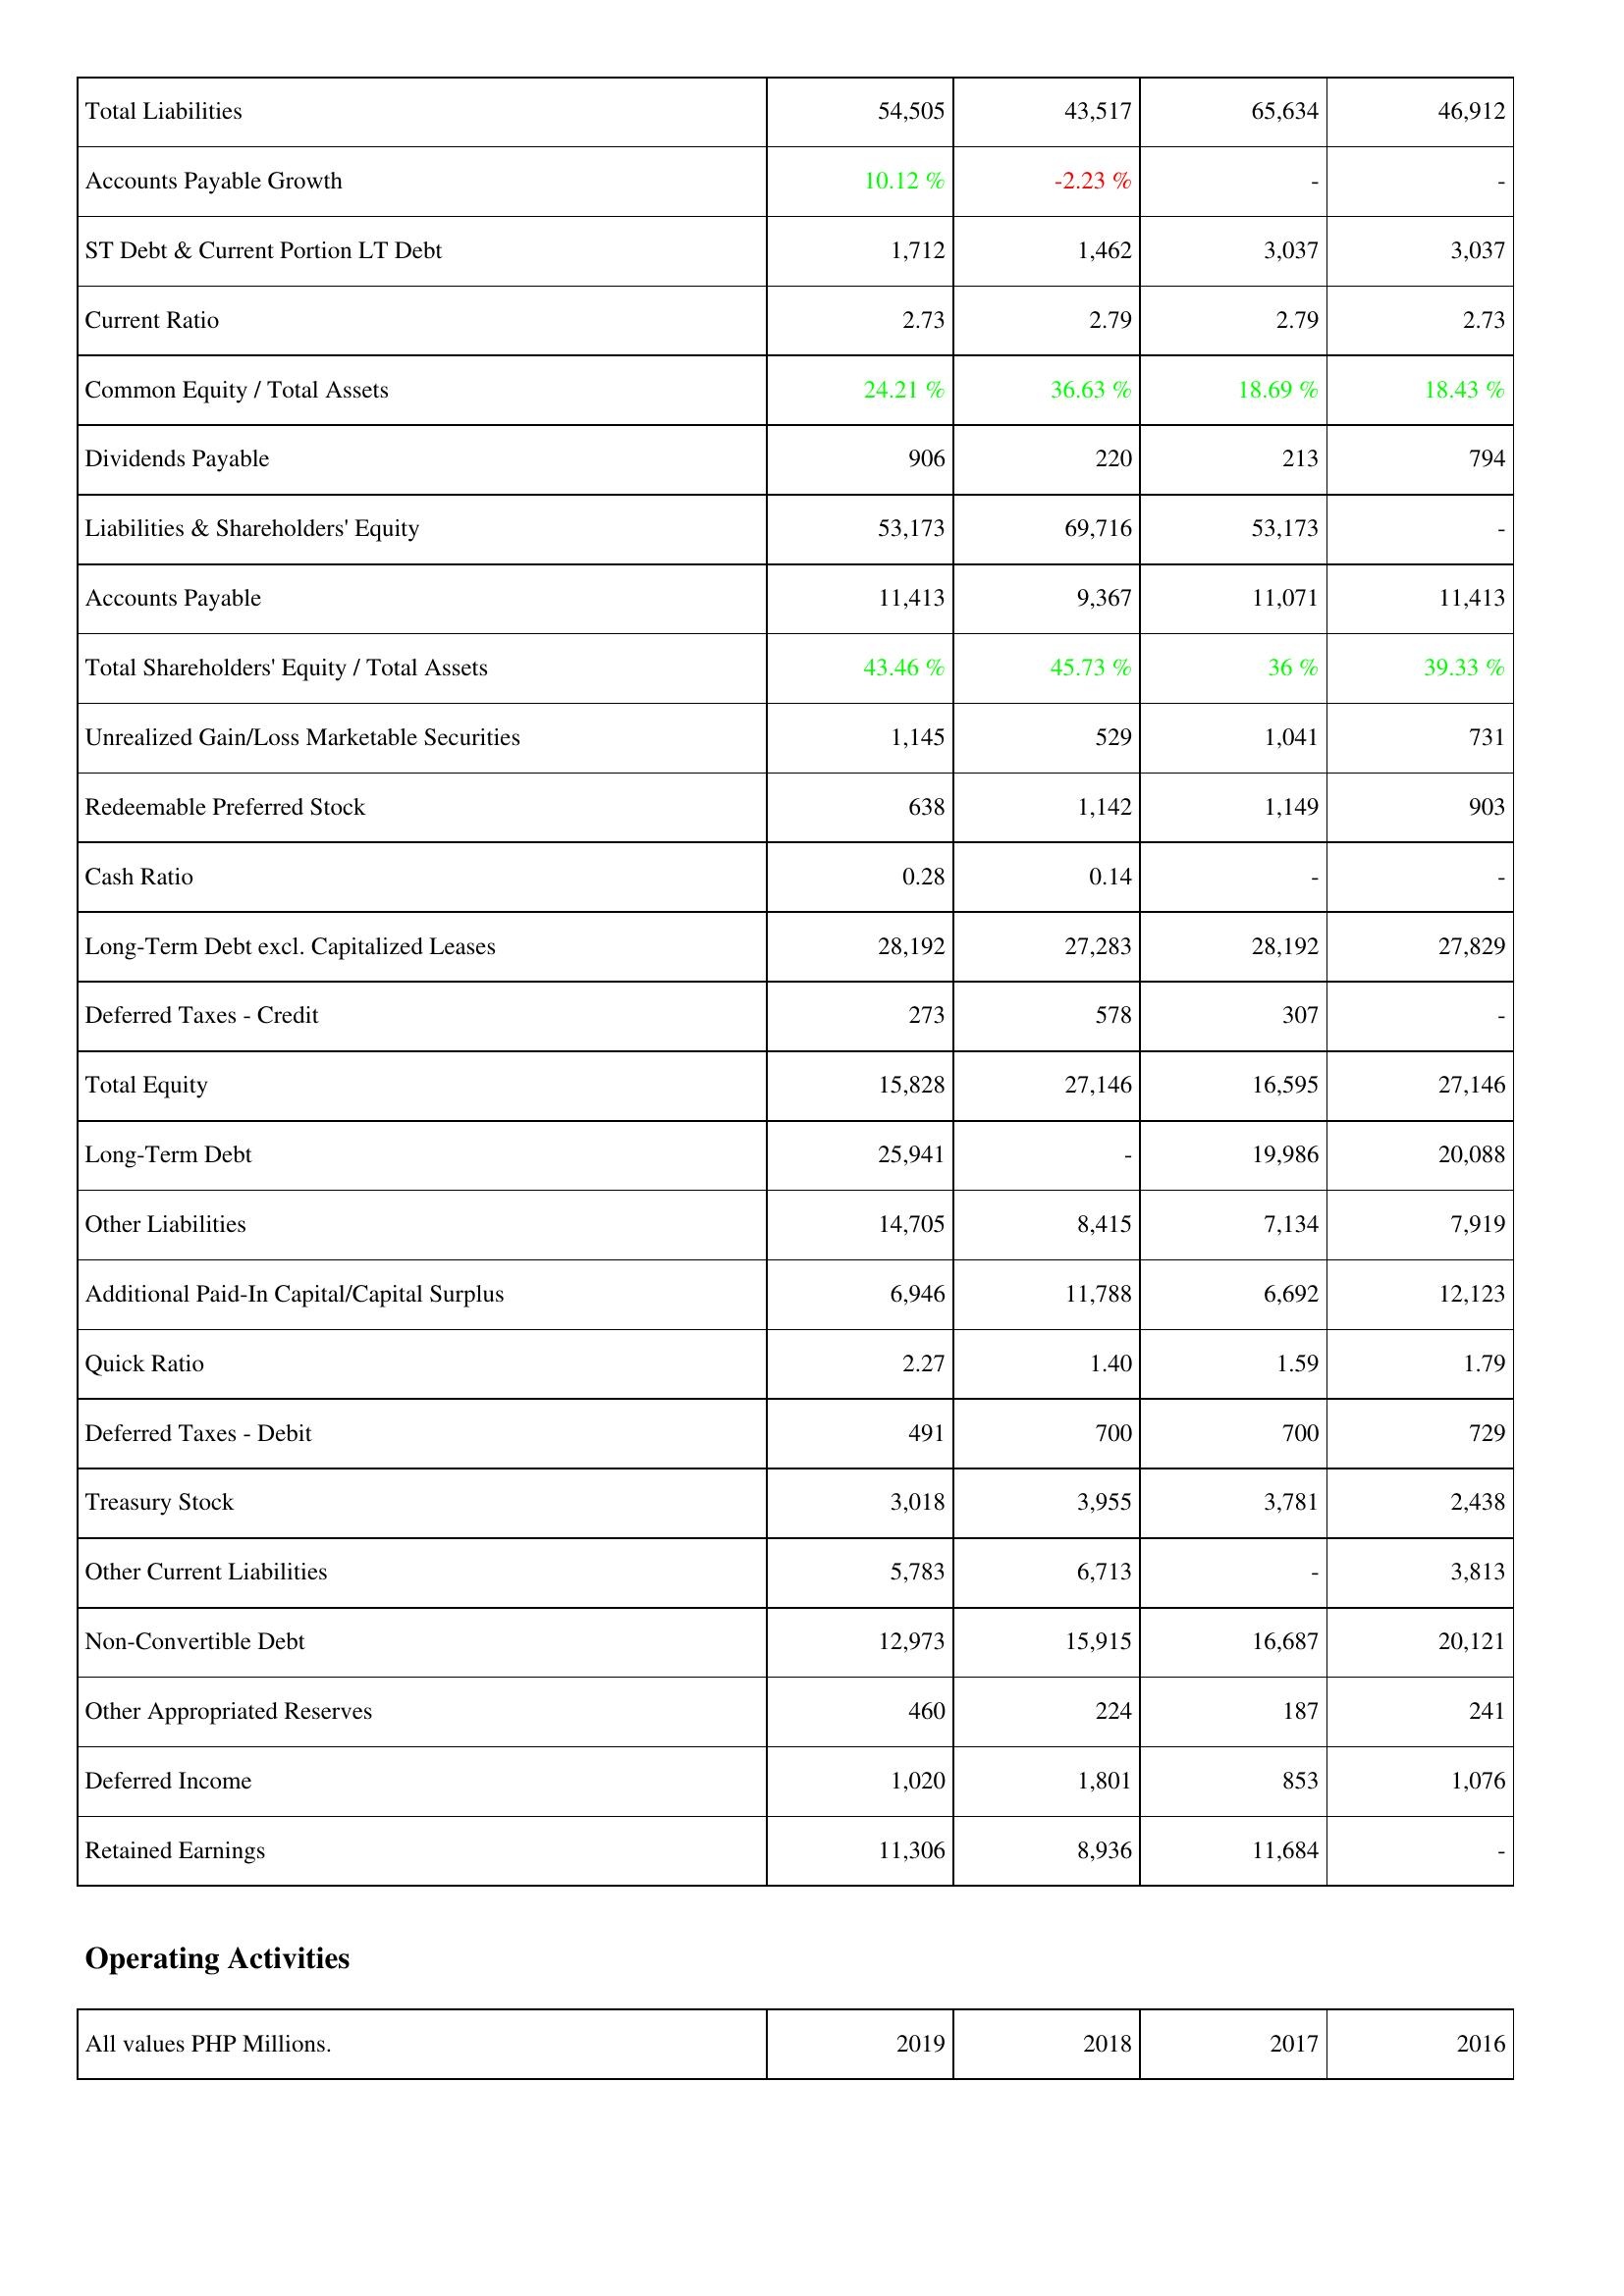
2019: Liabilities & Shareholders' Equity: Total Liabilities: 54,505
Accounts Payable Growth: 10.12 %
ST Debt & Current Portion LT Debt: 1,712
Current Ratio: 2.73
Common Equity / Total Assets: 24.21 %
Dividends Payable: 906
Liabilities & Shareholders' Equity: 53,173
Accounts Payable: 11,413
Total Shareholders' Equity / Total Assets: 43.46 %
Unrealized Gain/Loss Marketable Securities: 1,145
Redeemable Preferred Stock: 638
Cash Ratio: 0.28
Long-Term Debt excl. Capitalized Leases: 28,192
Deferred Taxes - Credit: 273
Total Equity: 15,828
Long-Term Debt: 25,941
Other Liabilities: 14,705
Additional Paid-In Capital/Capital Surplus: 6,946
Quick Ratio: 2.27
Deferred Taxes - Debit: 491
Treasury Stock: 3,018
Other Current Liabilities: 5,783
Non-Convertible Debt: 12,973
Other Appropriated Reserves: 460
Deferred Income: 1,020
Retained Earnings: 11,306
2018: Liabilities & Shareholders' Equity: Total Liabilities: 43,517
Accounts Payable Growth: -2.23 %
ST Debt & Current Portion LT Debt: 1,462
Current Ratio: 2.79
Common Equity / Total Assets: 36.63 %
Dividends Payable: 220
Liabilities & Shareholders' Equity: 69,716
Accounts Payable: 9,367
Total Shareholders' Equity / Total Assets: 45.73 %
Unrealized Gain/Loss Marketable Securities: 529
Redeemable Preferred Stock: 1,142
Cash Ratio: 0.14
Long-Term Debt excl. Capitalized Leases: 27,283
Deferred Taxes - Credit: 578
Total Equity: 27,146
Long-Term Debt: -
Other Liabilities: 8,415
Additional Paid-In Capital/Capital Surplus: 11,788
Quick Ratio: 1.40
Deferred Taxes - Debit: 700
Treasury Stock: 3,955
Other Current Liabilities: 6,713
Non-Convertible Debt: 15,915
Other Appropriated Reserves: 224
Deferred Income: 1,801
Retained Earnings: 8,936
2017: Liabilities & Shareholders' Equity: Total Liabilities: 65,634
Accounts Payable Growth: -
ST Debt & Current Portion LT Debt: 3,037
Current Ratio: 2.79
Common Equity / Total Assets: 18.69 %
Dividends Payable: 213
Liabilities & Shareholders' Equity: 53,173
Accounts Payable: 11,071
Total Shareholders' Equity / Total Assets: 36 %
Unrealized Gain/Loss Marketable Securities: 1,041
Redeemable Preferred Stock: 1,149
Cash Ratio: -
Long-Term Debt excl. Capitalized Leases: 28,192
Deferred Taxes - Credit: 307
Total Equity: 16,595
Long-Term Debt: 19,986
Other Liabilities: 7,134
Additional Paid-In Capital/Capital Surplus: 6,692
Quick Ratio: 1.59
Deferred Taxes - Debit: 700
Treasury Stock: 3,781
Other Current Liabilities: -
Non-Convertible Debt: 16,687
Other Appropriated Reserves: 187
Deferred Income: 853
Retained Earnings: 11,684
2016: Liabilities & Shareholders' Equity: Total Liabilities: 46,912
Accounts Payable Growth: -
ST Debt & Current Portion LT Debt: 3,037
Current Ratio: 2.73
Common Equity / Total Assets: 18.43 %
Dividends Payable: 794
Liabilities & Shareholders' Equity: -
Accounts Payable: 11,413
Total Shareholders' Equity / Total Assets: 39.33 %
Unrealized Gain/Loss Marketable Securities: 731
Redeemable Preferred Stock: 903
Cash Ratio: -
Long-Term Debt excl. Capitalized Leases: 27,829
Deferred Taxes - Credit: -
Total Equity: 27,146
Long-Term Debt: 20,088
Other Liabilities: 7,919
Additional Paid-In Capital/Capital Surplus: 12,123
Quick Ratio: 1.79
Deferred Taxes - Debit: 729
Treasury Stock: 2,438
Other Current Liabilities: 3,813
Non-Convertible Debt: 20,121
Other Appropriated Reserves: 241
Deferred Income: 1,076
Retained Earnings: -